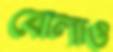
বোলাও